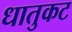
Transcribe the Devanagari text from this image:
धातुकट